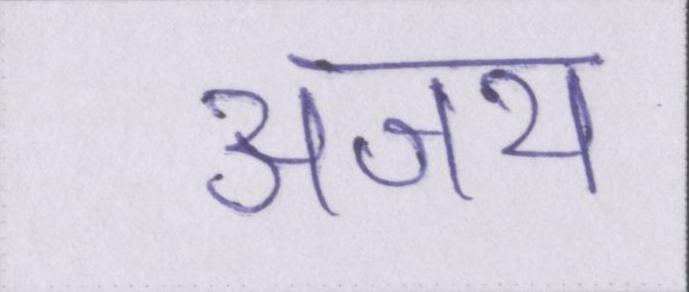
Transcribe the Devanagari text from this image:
अजय